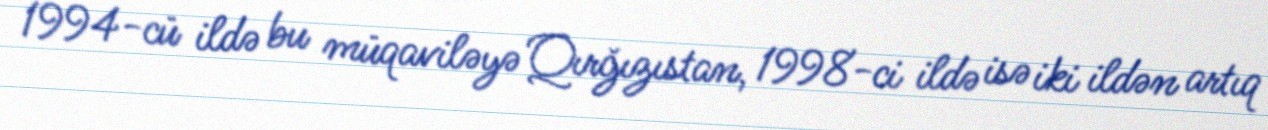
1994-cü ildə bu müqaviləyə Qırğızıstan, 1998-ci ildə isə iki ildən artıq